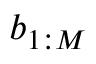
b _ { 1 : M }